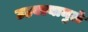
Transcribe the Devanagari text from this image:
उडवल्यामुळे